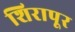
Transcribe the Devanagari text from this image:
शिरापूर